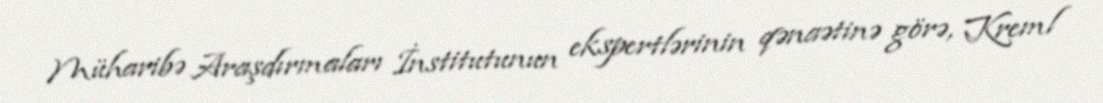
Müharibə Araşdırmaları İnstitutunun ekspertlərinin qənaətinə görə, Kreml